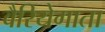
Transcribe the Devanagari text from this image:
वैरियेगाता